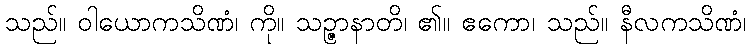
သည်။ ဝါယောကသိဏံ၊ ကို။ သဉ္ဇာနာတိ၊ ၏။ ဧကော၊ သည်။ နီလကသိဏံ၊